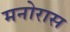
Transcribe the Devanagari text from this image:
मनोरास